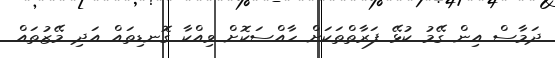
ދަމާސް އިން ގޭމު ކުޅޭ ފަރާތްތަކަށް ހާއްސަކޮށް ވިއްކާ ގޮނޑިތައް އަދި މޭޒުތައް